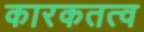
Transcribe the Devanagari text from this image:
कारकतत्व